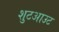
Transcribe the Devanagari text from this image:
शुटआउट